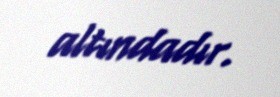
altındadır.